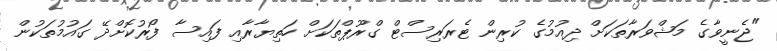
"ޖެނީވާގެ މަޝްވަރާތަކަށް ދިއުމުގެ ކުރިން ޓެރަރިސްޓް ގްރޫޕްތަކަށް ހަތިޔާރާއި ފައިސާ ފޯރުކޮށްދޭ ގައުމުތަކުން